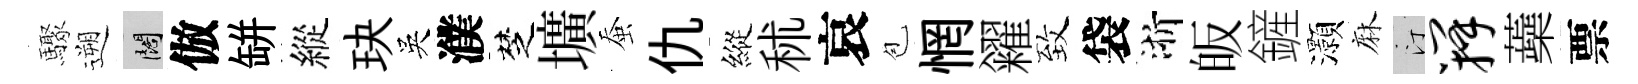
驟遡闊倣缾縱玦吳濮椘壙蚕仇縱秫哀苞惘糴致袋浙皈鏟灝麻汀瓣蘃票